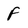
Character: F